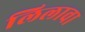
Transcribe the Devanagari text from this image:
लिलावा